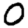
Digit: 0